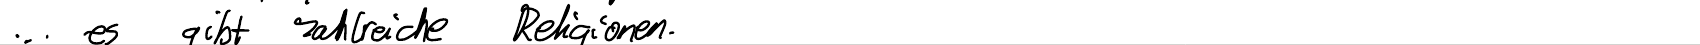
... es gibt zahlreiche Religionen.